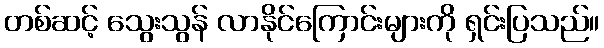
တစ်ဆင့် သွေးသွန် လာနိုင်ကြောင်းများကို ရှင်းပြသည်။